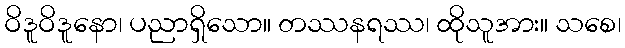
ဝိဒူဝိဒူနော၊ ပညာရှိသော။ တဿနရဿ၊ ထိုသူအား။ သစေ၊